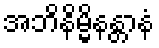
အဘိနိမ္မိနန္တာနံ